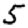
Digit: 5